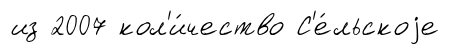
из 2007 кол'и́чество С'е́льскоjе